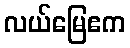
လယ်မြေဧက